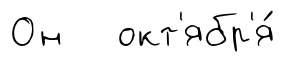
Он окт'ябр'я́